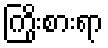
ကြိုးစားရာ